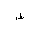
Letter: _da